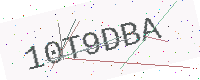
Text: 10T9DBA